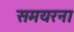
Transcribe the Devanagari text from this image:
समयरना